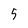
Character: 5